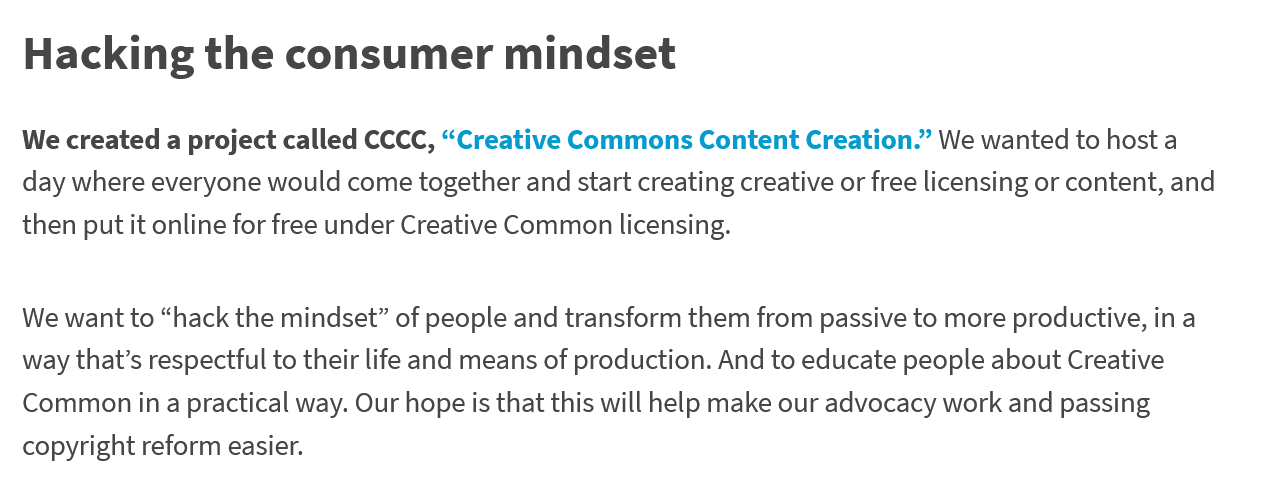
Hacking    the   consumer    mindset
  We created a project called CCCC, “Creative Commons Content Creation.” We wanted to host a
  day where everyone would come together and start creating creative or free licensing or content, and
  then put it online for free under Creative Common licensing.
  We want to “hack the mindset” of people and transform them from passive to more productive, in a
  way that’s respectful to their life and means of production. And to educate people about Creative
  Common in
  a
     practical way. Our hope is that this will help make our advocacy work and passing
  copyright reform easier.